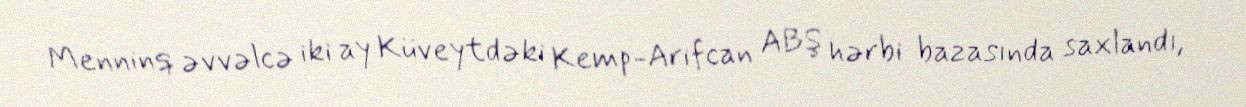
Menninq əvvəlcə iki ay Küveytdəki Kemp-Arifcan ABŞ hərbi bazasında saxlandı,